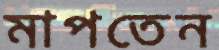
মাপতেন